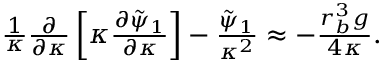
\begin{array} { r } { \frac { 1 } { \kappa } \frac { \partial } { \partial \kappa } \left[ \kappa \frac { \partial \tilde { \psi } _ { 1 } } { \partial \kappa } \right] - \frac { \tilde { \psi } _ { 1 } } { \kappa ^ { 2 } } \approx - \frac { r _ { b } ^ { 3 } g } { 4 \kappa } . } \end{array}